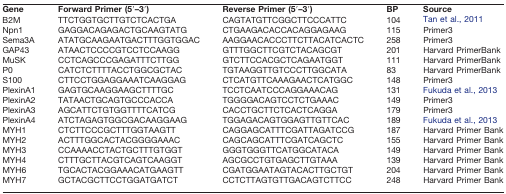
<table><thead><tr><td><b>Gene</b></td><td><b>Forward Primer (5′–3′)</b></td><td><b>Reverse Primer (5′–3′)</b></td><td><b>BP</b></td><td><b>Source</b></td></tr></thead><tbody><tr><td>B2M</td><td>TTCTGGTGCTTGTCTCACTGA</td><td>CAGTATGTTCGGCTTCCCATTC</td><td>104</td><td>Tan et al., 2011</td></tr><tr><td>Npn1</td><td>GAGGACAGAGACTGCAAGTATG</td><td>CTGAAGACACCACAGGAGAAG</td><td>115</td><td>Primer3</td></tr><tr><td>Sema3A</td><td>ATATGCAAGAATGACTTTGGTGGAC</td><td>AAGGAACACCCTTCTTACATCACTC</td><td>258</td><td>Primer3</td></tr><tr><td>GAP43</td><td>ATAACTCCCCGTCCTCCAAGG</td><td>GTTTGGCTTCGTCTACAGCGT</td><td>201</td><td>Harvard PrimerBank</td></tr><tr><td>MuSK</td><td>CCTCAGCCCGAGATTTCTTGG</td><td>GTCTTCCACGCTCAGAATGGT</td><td>111</td><td>Harvard PrimerBank</td></tr><tr><td>P0</td><td>CATCTCTTTTACCTGGCGCTAC</td><td>TGTAAGGTTGTCCCTTGGCATA</td><td>83</td><td>Harvard PrimerBank</td></tr><tr><td>S100</td><td>CTTCCTGGAGGAAATCAAGGAG</td><td>CTCATGTTCAAAGAACTCATGGC</td><td>148</td><td>Primer3</td></tr><tr><td>PlexinA1</td><td>GAGTGCAAGGAAGCTTTTGC</td><td>TCCTCAATCCCAGGAAACAG</td><td>131</td><td>Fukuda et al., 2013</td></tr><tr><td>PlexinA2</td><td>TATAACTGCAGTGCCCACCA</td><td>TGGGGACAGTCCTCTGAAAC</td><td>149</td><td>Primer3</td></tr><tr><td>PlexinA3</td><td>AGCATTCTGTGGTTTTCATCG</td><td>CACCTGCTTCTCACTCAGGA</td><td>179</td><td>Primer3</td></tr><tr><td>PlexinA4</td><td>ATCTAGAGTGGCGACAAGGAAG</td><td>TGGAGACAGTGGAGTTGTTCAC</td><td>189</td><td>Fukuda et al., 2013</td></tr><tr><td>MYH1</td><td>CTCTTCCCGCTTTGGTAAGTT</td><td>CAGGAGCATTTCGATTAGATCCG</td><td>187</td><td>Harvard Primer Bank</td></tr><tr><td>MYH2</td><td>ACTTTGGCACTACGGGGAAAC</td><td>CAGCAGCATTTCGATCAGCTC</td><td>155</td><td>Harvard Primer Bank</td></tr><tr><td>MYH3</td><td>CCAAAACCTACTGCTTTGTGGT</td><td>GGGTGGGTTCATGGCATACA</td><td>149</td><td>Harvard Primer Bank</td></tr><tr><td>MYH4</td><td>CTTTGCTTACGTCAGTCAAGGT</td><td>AGCGCCTGTGAGCTTGTAAA</td><td>139</td><td>Harvard Primer Bank</td></tr><tr><td>MYH6</td><td>TGCACTACGGAAACATGAAGTT</td><td>CGATGGAATAGTACACTTGCTGT</td><td>204</td><td>Harvard Primer Bank</td></tr><tr><td>MYH7</td><td>GCTACGCTTCCTGGATGATCT</td><td>CCTCTTAGTGTTGACAGTCTTCC</td><td>248</td><td>Harvard Primer Bank</td></tr></tbody></table>